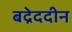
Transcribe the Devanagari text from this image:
बद्रेददीन